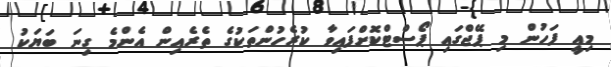
މިއީ ފަހުން މި ޕޭޖްގައި ޕޯސްޓްކޮށްފައިވާ ކުރެހުންތަކުގެ ތެރެއިން އެންމެ ގިނަ ބަޔަކު